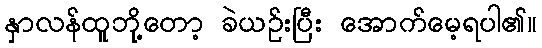
နှာလန်ထူဘို့တော့ ခဲယဉ်းပြီး အောက်မေ့ရပါ၏။